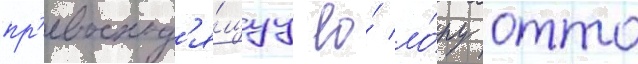
пр'евосход'я́щуу ео́ ло́ру отто